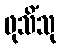
ဖုသိံသု